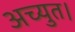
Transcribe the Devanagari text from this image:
अच्युत।